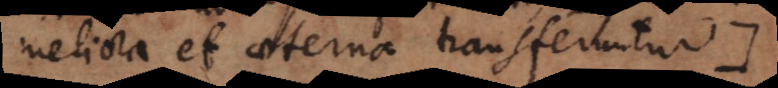
meliora et aeterna transferuntur).